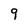
Character: 9